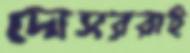
দোসররাই